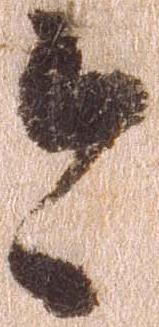
今